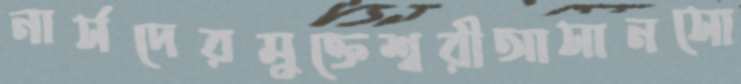
নার্সদেরমুক্তেশ্বরীআসানসো